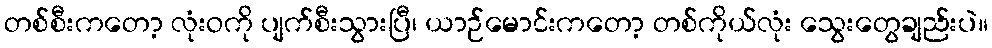
တစ်စီးကတော့ လုံးဝကို ပျက်စီးသွားပြီ၊ ယာဉ်မောင်းကတော့ တစ်ကိုယ်လုံး သွေးတွေချည်းပဲ။